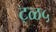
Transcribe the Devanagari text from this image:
ट्ळ५